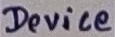
Text: Device